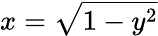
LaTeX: x={\sqrt{1-y^{2}}}